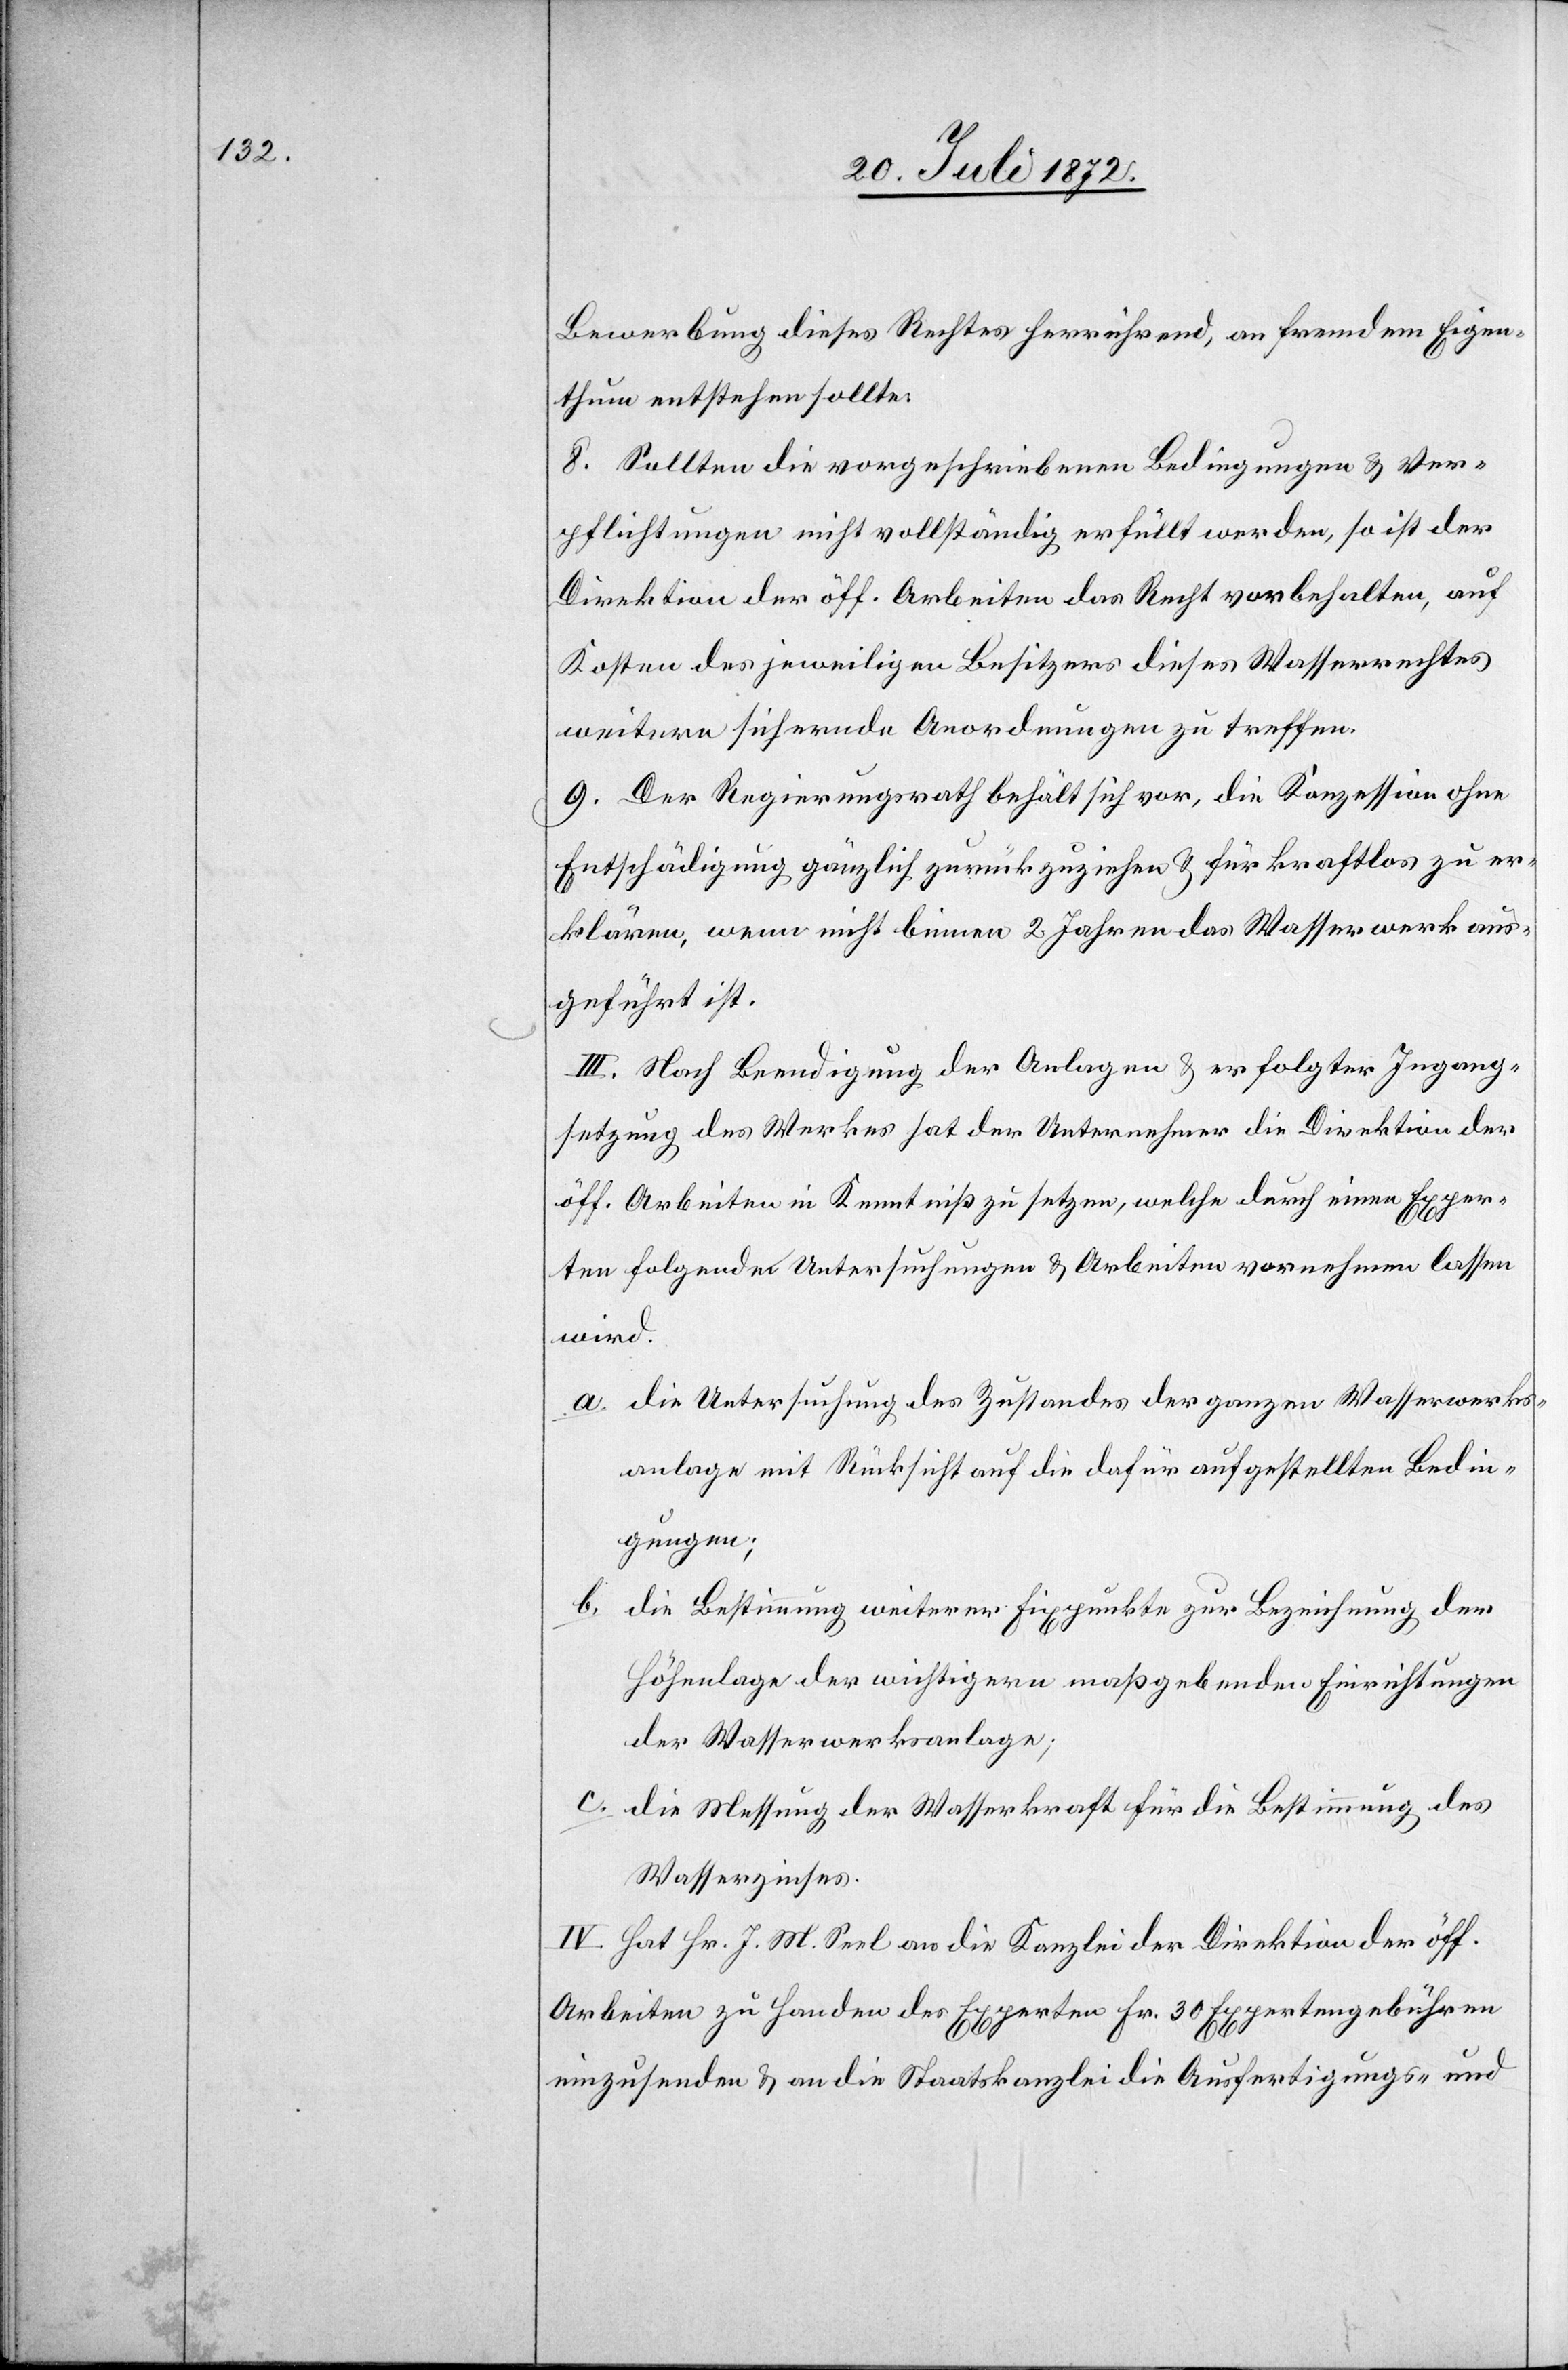
Bewerbung dieses Rechtes herrührend, an fremdem Eigen¬
thum entstehen sollte.
8. Sollten die vorgeschriebenen Bedingungen u. Ver¬
pflichtungen nicht vollständig erfüllt werden, so ist der
Direktion der öff. Arbeiten das Recht vorbehalten, auf
Kosten des jeweiligen Besitzers dieses Wasserrechtes
weitere sichernde Anordnungen zu treffen.
9. Der Regierungsrath behält sich vor, die Konzession ohne
Entschädigung gänzlich zurückzuziehen u. für kraftlos zu er¬
klären, wenn nicht binnen 2 Jahren das Wasserwerk aus¬
geführt ist.
III. Nach Beendigung der Anlagen u. erfolgter Ingang¬
setzung des Werkes hat der Unternehmer die Direktion der
öff. Arbeiten in Kenntniß zu setzen, welche durch einen Exper¬
ten folgende Untersuchungen u. Arbeiten vornehmen lassen
wird.
a. die Untersuchung des Zustandes der ganzen Wasserwerks¬
anlage mit Rücksicht auf die dafür aufgestellten Bedin¬
gungen;
b. die Bestimmung weiterer Fixpunkte zur Bezeichnung der
Höhenlage der wichtigern maßgebenden Einrichtungen
der Wasserwerksanlage;
c. die Messung der Wasserkraft für die Bestimmung des
Wasserzinses.
IV. Hat Hr. J. M. Seel an die Kanzlei der Direktion der öff.
Arbeiten zu Handen des Experten Fr. 30 Expertengebühren
einzusenden u. an die Staatskanzlei die Ausfertigungs- und